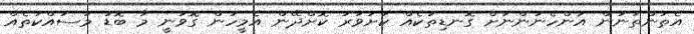
އެތަންތަނުން އަންހެނުންނަށް ގޮނޑިތަކެއް ކަށަވަރު ކޮށްދޭން އެމީހުން ގޮވަނީ މާ ބޮޑު މަސައްކަތެއް